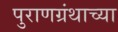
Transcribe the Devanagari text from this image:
पुराणग्रंथाच्या